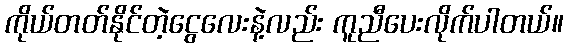
ကိုယ်တတ်နိုင်တဲ့ငွေလေးနဲ့လည်း ကူညီပေးလိုက်ပါတယ်။